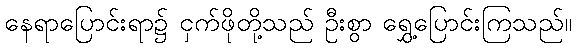
နေရာပြောင်းရာ၌ ငှက်ဖိုတို့သည် ဦးစွာ ရွှေ့ပြောင်းကြသည်။